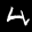
Label: 4